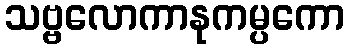
သဗ္ဗလောကာနုကမ္ပကော